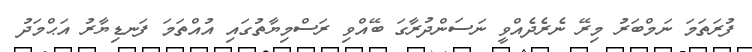
ފުރަތަމަ ނަމްބަރު މިރޭ ނެރެދެއްވީ ނަސަންދުރާގަ ބޭއްވި ރަސްމިޔާތުގައި އުއްތަމަ ފަނޑިޔާރު އަޙްމަދު